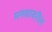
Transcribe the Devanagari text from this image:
मगधावरील